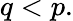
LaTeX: q<p.